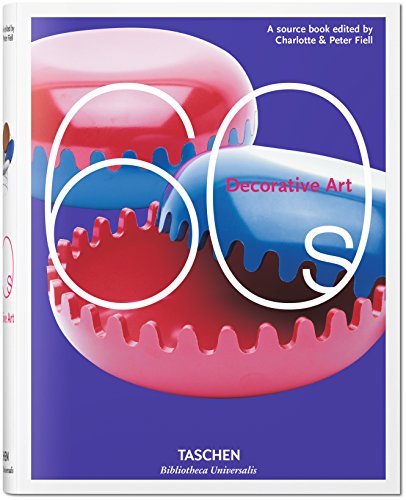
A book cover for Decorative Art 60s; Arts & Photography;